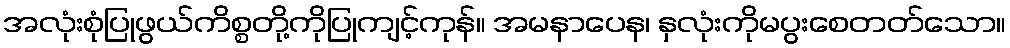
အလုံးစုံပြုဖွယ်ကိစ္စတို့ကိုပြုကျင့်ကုန်။ အမနာပေန၊ နှလုံးကိုမပွးစေတတ်သော။